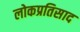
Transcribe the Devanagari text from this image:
लोकप्रतिसाद